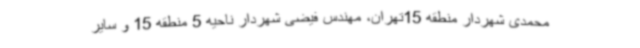
محمدی شهردار منطقه 15تهران، مهندس فیضی شهردار ناحیه 5 منطقه 15 و سایر